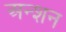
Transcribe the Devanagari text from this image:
अन्शन